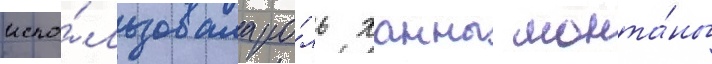
испо́льзовала ро́ль ханны монта́ны